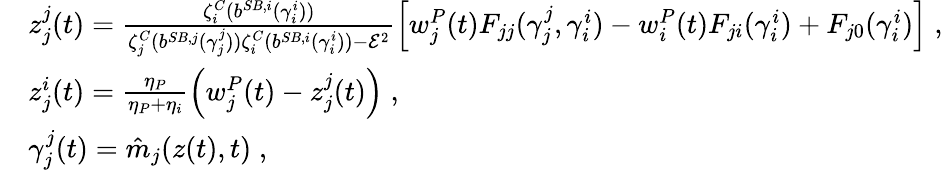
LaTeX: \begin{array}{rl}&{z_{j}^{j}(t)=\frac{\zeta_{i}^{C}({b}^{SB,i}(\gamma_{i}^{i}))}{\zeta_{j}^{C}({b}^{SB,j}(\gamma_{j}^{j}))\zeta_{i}^{C}({b}^{SB,i}(\gamma_{i}^{i}))-\mathcal{E}^{2}}\Big[w_{j}^{P}(t)F_{jj}(\gamma_{j}^{j},\gamma_{i}^{i})-w_{i}^{P}(t)F_{ji}(\gamma_{i}^{i})+F_{j0}(\gamma_{i}^{i})\Big]\; ,}\\ &{z_{j}^{i}(t)=\frac{\eta_{P}}{\eta_{P}+\eta_{i}}\left(w_{j}^{P}(t)-z_{j}^{j}(t)\right)\; ,}\\ &{\gamma_{j}^{j}(t)=\hat{m}_{j}(z(t),t)\; ,}\end{array}